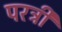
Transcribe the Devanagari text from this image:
परत्री